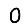
Digit: 0